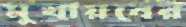
মুখায়বের